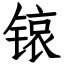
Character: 锿